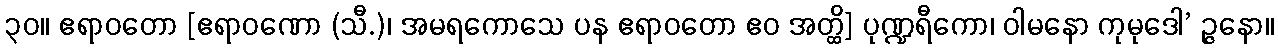
၃၀။ ဧရာဝတော [ဧရာဝဏော (သီ.)၊ အမရကောသေ ပန ဧရာဝတော ဧဝ အတ္ထိ] ပုဏ္ဍရီကော၊ ဝါမနော ကုမုဒေါ’ ဉ္ဇနော။